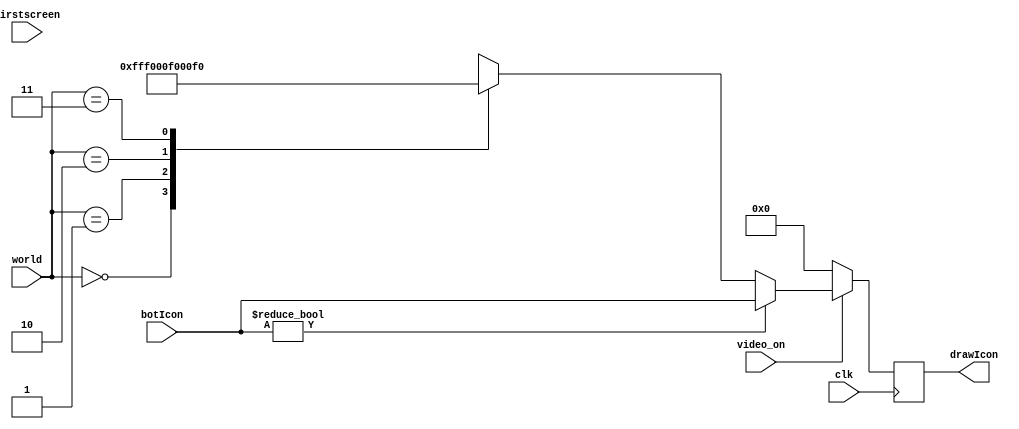
`timescale 1ns / 1ps
//////////////////////////////////////////////////////////////////////////////////
// 
// Design Name: 
// Module Name: Colorizer
// Project Name: 
// Target Devices: 
// Tool Versions: 
// Description: 
// 
// Dependencies: 
// 
// Revision:
// Revision 0.01 - File Created
// Additional Comments:
// 
//////////////////////////////////////////////////////////////////////////////////


module Colorizer(
        input clk,
        input [1:0] world,
        input [11:0] botIcon,
        input video_on,
        input [11:0] firstscreen,
        output reg [11:0] drawIcon
    );
    // parameter for color ( BLACK, RED, GREEN, BLUE)
    parameter 
        BLACK = 12'b000000000000,
        WHITE = 12'b111111111111,
        GREEN = 12'b000011110000,
        RED   = 12'b111100000000,
        BLUE  = 12'b000000001111;
        
     always @(posedge clk) begin
        if (~video_on)
            drawIcon <= BLACK;          // Colorizer output 000 ( Black) when video is off
        else if (botIcon)              // Else, draw the Icon from input
            drawIcon <= botIcon; 
    //    else if (firstscreen)          // draw first screen
    //        drawIcon <= firstscreen;
        else begin
            case (world)
                2'b00: drawIcon    <= WHITE;    // Background
                2'b01: drawIcon    <= BLACK;    // Black Line
                2'b10: drawIcon    <= RED;    // Obstruction
                2'b11: drawIcon    <= GREEN;      // Reserved
        endcase
     end  
     end
endmodule